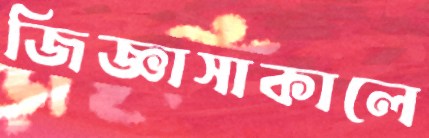
জিজ্ঞাসাকালে